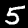
Digit: 5